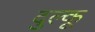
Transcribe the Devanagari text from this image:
दुल्कू